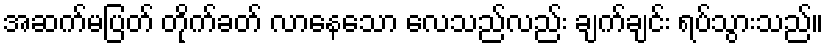
အဆက်မပြတ် တိုက်ခတ် လာနေသော လေသည်လည်း ချက်ချင်း ရပ်သွားသည်။